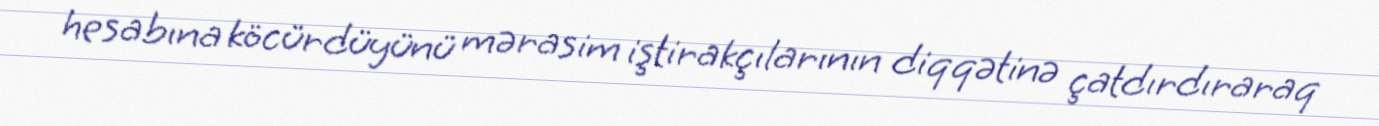
hesabına köcürdüyünü mərasim iştirakçılarının diqqətinə çatdırdıraraq